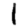
Digit: 1